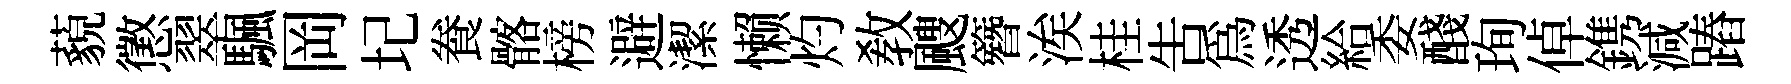
藐懲翠颿岡圮飬髂榜避潔懒灼教颼簪涘桂吿為透給委醆珣倬鎸減蹖